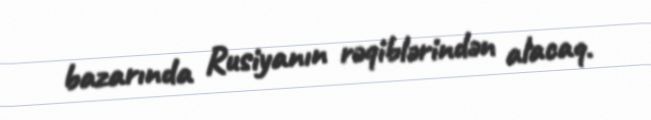
bazarında Rusiyanın rəqiblərindən alacaq.